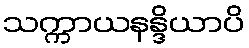
သက္ကာယနန္ဒိယာပိ